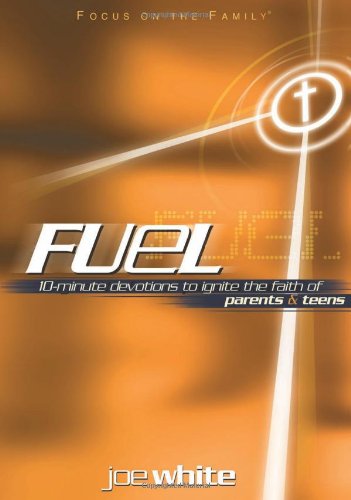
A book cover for Fuel: Devotions to Ignite the Faith of Parents and Teens (Focus on the Family Books); Joe White; Christian Books & Bibles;